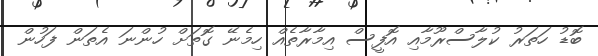
ބޮޑު ހަތަރު ކުލާސްރޫމާއި އޮފީސް އިމާރާތެއް ހިމެނޭ ގޮތަށް ހުންނަ އެތަން ފަހުން